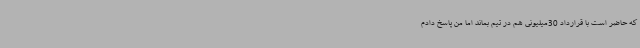
که حاضر است با قرارداد 30میلیونی هم در تیم بماند اما من پاسخ دادم